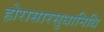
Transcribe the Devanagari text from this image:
होरासारसुधानिधि